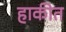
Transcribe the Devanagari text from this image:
हाकीत